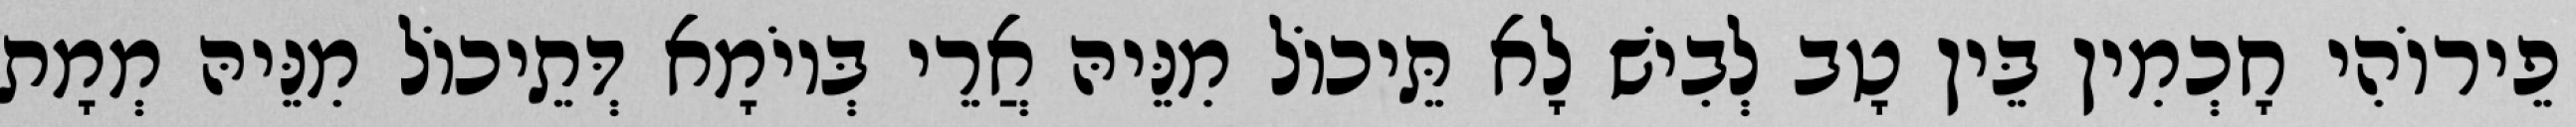
פֵירוֹהִי חָכְמִין בֵּין טָב לְבִישׁ לָא תֵּיכוֹל מִנֵּיהּ אֲרֵי בְּיוֹמָא דְּתֵיכוֹל מִנֵּיהּ מְמָת